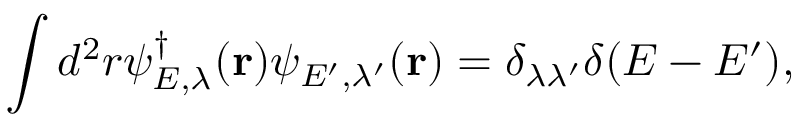
\displaystyle \int d ^ { 2 } r \psi _ { E , \lambda } ^ { \dag } ( { \bf r } ) \psi _ { E ^ { \prime } , \lambda ^ { \prime } } ( { \bf r } ) = \delta _ { \lambda \lambda ^ { \prime } } \delta ( E - E ^ { \prime } ) ,